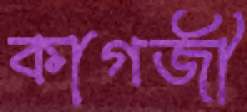
কাগজী